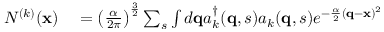
\begin{array} { r l } { N ^ { ( k ) } ( \mathbf { x } ) } & { { } = \left( \frac { \alpha } { 2 \pi } \right) ^ { \frac { 3 } { 2 } } \sum _ { s } \int d \mathbf { q } a _ { k } ^ { \dag } ( \mathbf { q } , s ) a _ { k } ( \mathbf { q } , s ) e ^ { - { \frac { \alpha } { 2 } } ( \mathbf { q } - \mathbf { x } ) ^ { 2 } } } \end{array}